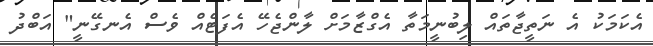
އެކަމަކު އެ ނަތީޖާތައް ލިބުނީމަތާ އެގްޒާމަށް ލާންޖެހޭ އެފަޓެއް ވެސް އެނގޭނީ" އަބްދު